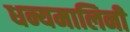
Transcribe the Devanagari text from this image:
धन्यमालिनी